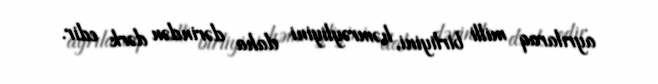
ayrılaraq milli birliyini, həmrəyliyini daha dərindən dərk edir.